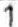
1